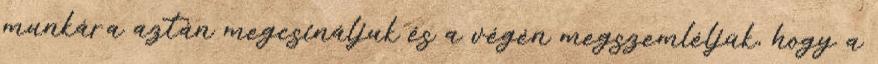
munkára aztán megcsináljuk és a végén megszemléljük, hogy a